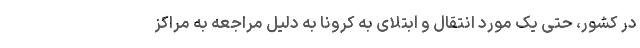
در کشور، حتی یک مورد انتقال و ابتلای به کرونا به دلیل مراجعه به مراکز